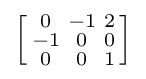
\left[{\begin{smallmatrix}0&-1&2\\-1&0&0\\0&0&1\\\end{smallmatrix}}\right]